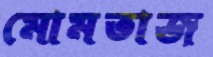
মোমতাজ